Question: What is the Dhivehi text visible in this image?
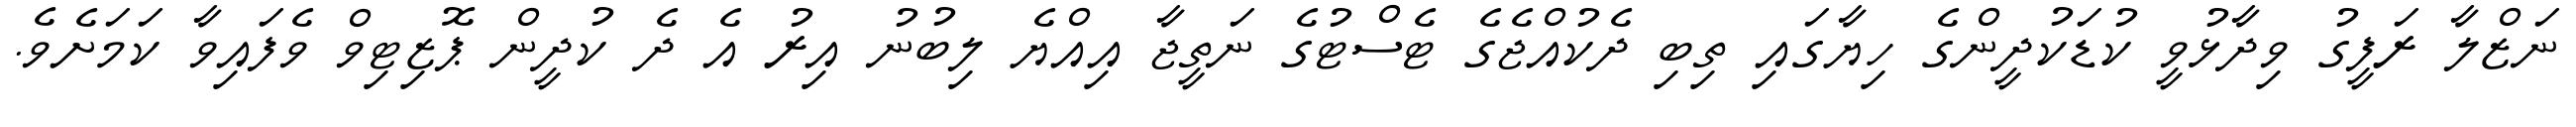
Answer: ނަޒްލާ ރަފީގު ވިދާޅުވީ ކުޑަކުދީންގެ ހިޔާގައި ތިބި ދެކުއްޖެގެ ޓެސްޓުގެ ނަތީޖާ އިއްޔެ ލިބުނު އިރު އެ ދެ ކުދީން ޕޮޒިޓިވް ވެފައިވާ ކަމަށެވެ.